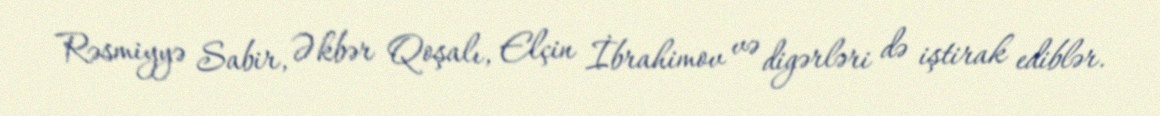
Rəsmiyyə Sabir, Əkbər Qoşalı, Elçin İbrahimov və digərləri də iştirak ediblər.